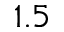
1 . 5